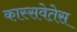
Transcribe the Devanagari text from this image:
कास्सवेतेस